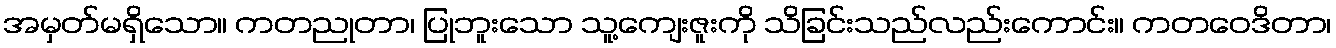
အမှတ်မရှိသော။ ကတညုတာ၊ ပြုဘူးသော သူ့ကျေးဇူးကို သိခြင်းသည်လည်းကောင်း။ ကတဝေဒိတာ၊